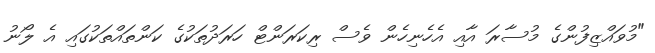
"މުވައްޒިފުންގެ މުސާރަ އާއި އެހެނިހެން ވެސް ރިކަރަންޓް ހަރަދުތަކުގެ ކަންތައްތަކުގައި އެ ލޯނު